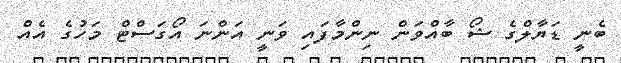
ބެނީ ޑަޔާލްގެ ޝޯ ބާއްވަން ނިންމާފައި ވަނީ އަންނަ އޯގަސްޓް މަހުގެ އެއް